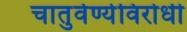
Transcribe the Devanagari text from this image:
चातुर्वर्ण्यविरोधी